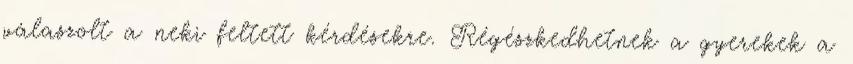
válaszolt a neki feltett kérdésekre. Régészkedhetnek a gyerekek a